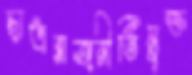
ছাত্ররাজনীতিমুক্ত